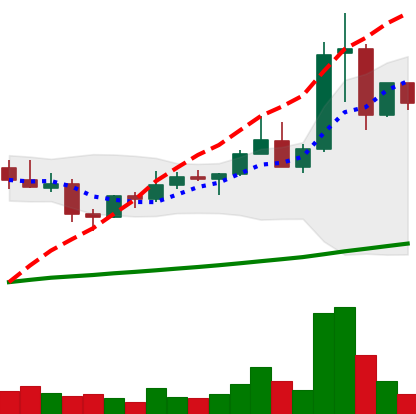
Ticker: XLM-USD
Chart end date: 2021-04-09
Forward return: 30.911%
Label: up_7plus